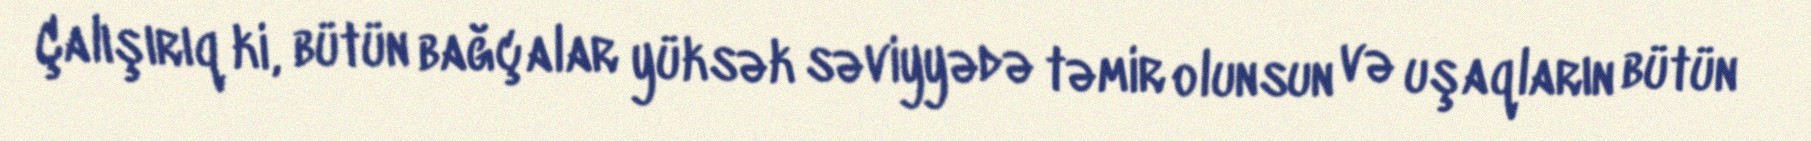
Çalışırıq ki, bütün bağçalar yüksək səviyyədə təmir olunsun və uşaqların bütün